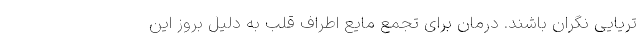
تریایی نگران باشند. درمان برای تجمع مایع اطراف قلب به دلیل بروز این